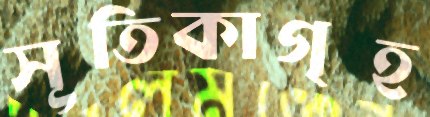
সূতিকাগৃহ